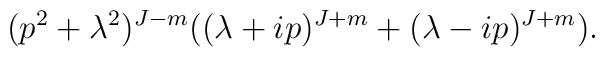
(p^{2}+\lambda ^{2})^{J-m} ((\lambda +ip)^{J+m}+(\lambda -ip)^{J+m}) .